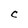
Character: C